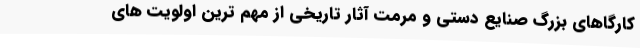
کارگاهای بزرگ صنایع دستی و مرمت آثار تاریخی از مهم ترین اولویت های